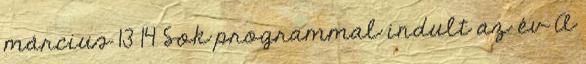
március 13 14 Sok programmal indult az év A